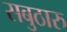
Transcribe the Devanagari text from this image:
सबुठारु